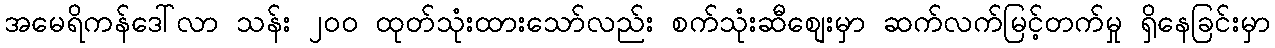
အမေရိကန်ဒေါ်လာ သန်း ၂၀၀ ထုတ်သုံးထားသော်လည်း စက်သုံးဆီစျေးမှာ ဆက်လက်မြင့်တက်မှု ရှိနေခြင်းမှာ